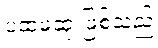
ပထမဆုံးဖြစ်သည်